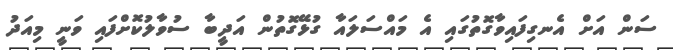
ސަން އަށް އެނގިފައިވާގޮތުގައި އެ މައްސަލައާ ގުޅޭގޮތުން އަދީބާ ސުވާލުކޮށްފައި ވަނީ މިއަދު